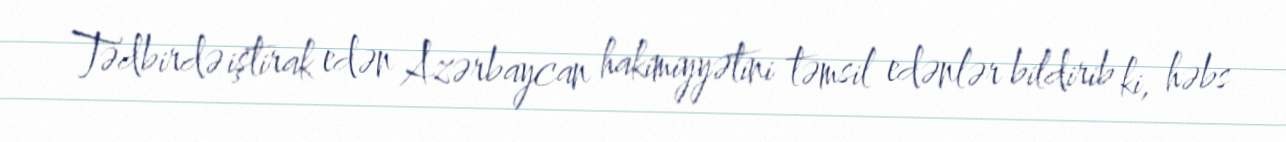
Tədbirdə iştirak edən Azərbaycan hakimiyyətini təmsil edənlər bildirib ki, həbs